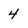
Character: 4